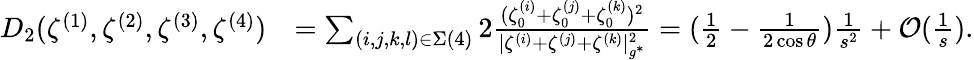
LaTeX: \begin{array}{rl}{D_{2}(\zeta^{(1)},\zeta^{(2)},\zeta^{(3)},\zeta^{(4)})}&{=\sum_{(i,j,k,l)\in\Sigma(4)}2\frac{(\zeta_{0}^{(i)}+\zeta_{0}^{(j)}+\zeta_{0}^{(k)})^{2}}{|{\zeta^{(i)}}+{\zeta^{(j)}}+{\zeta^{(k)}}|_{g^{*}}^{2}}=(\frac{1}{2}-\frac{1}{2\cos\theta})\frac{1}{s^{2}}+\mathcal{O}(\frac{1}{s}).}\end{array}